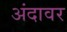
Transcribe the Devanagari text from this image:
अंदावर